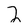
Character: 2